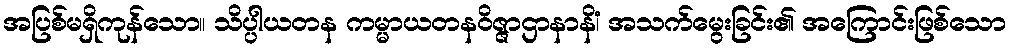
အပြစ်မရှိကုန်သော။ သိပ္ပါယတန ကမ္မာယတနဝိဇ္ဇာဌာနာနိံ၊ အသက်မွေးခြင်း၏ အကြောင်းဖြစ်သော